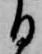
る